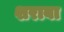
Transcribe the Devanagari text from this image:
शराबा